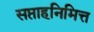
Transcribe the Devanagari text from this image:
सप्ताहनिमित्त